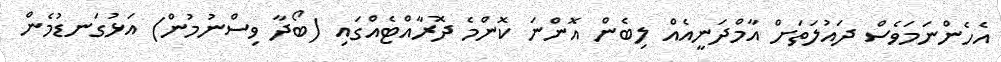
އެހެންނަމަވެސް ދައުލަތަށް އާމްދަނީއެއް ލިބެން އޮންނަ ކޮންމެ ދޮރާއްޓެއްގައި (ބޯދާ ވިސްނުމުން) އަޅުގަނޑުމެން